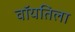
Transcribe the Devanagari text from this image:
वॉयतिला